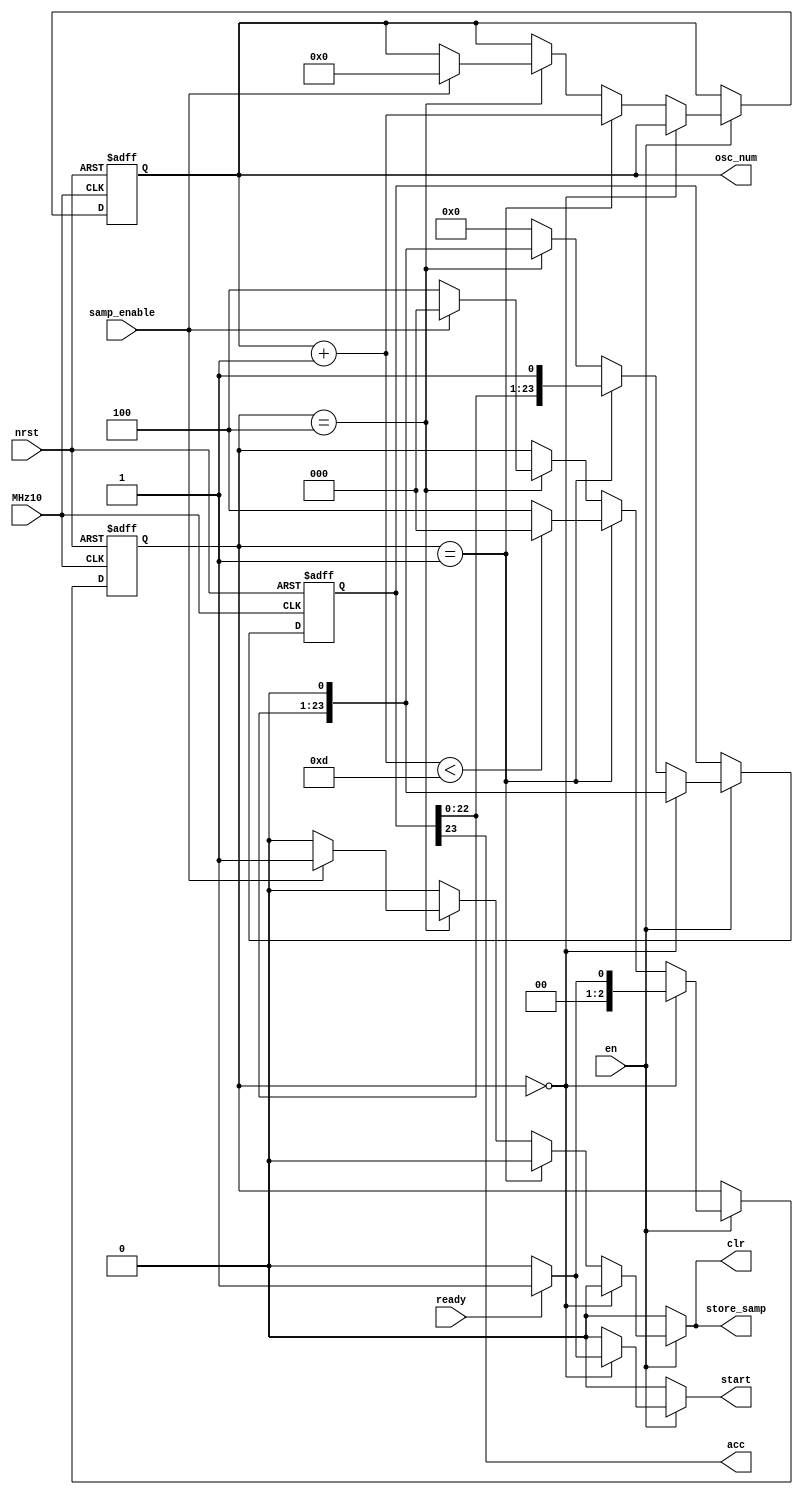
module poly_ctrl (
	MHz10,
	nrst,
	en,
	ready,
	samp_enable,
	start,
	acc,
	store_samp,
	clr,
	osc_num
);
	reg _sv2v_0;
	parameter N = 13;
	input wire MHz10;
	input wire nrst;
	input wire en;
	input wire ready;
	input wire samp_enable;
	output reg start;
	output reg acc;
	output reg store_samp;
	output reg clr;
	output reg [6:0] osc_num;
	localparam START_DIV = 0;
	localparam DONE_DIV = 1;
	localparam HOLD_SAMP = 4;
	reg [6:0] next_osc_num;
	reg [2:0] state;
	reg [2:0] next_state;
	reg [23:0] acc_delay;
	reg [23:0] next_acc;
	always @(posedge MHz10 or negedge nrst)
		if (!nrst) begin
			osc_num <= 0;
			state <= START_DIV;
			acc_delay <= 0;
		end
		else if (en) begin
			osc_num <= next_osc_num;
			state <= next_state;
			acc_delay <= next_acc;
		end
	always @(*) begin
		if (_sv2v_0)
			;
		acc = acc_delay[23];
		next_osc_num = osc_num;
		next_state = state;
		start = 1'b0;
		store_samp = 1'b0;
		clr = 1'b0;
		next_acc = 0;
		if (en) begin
			if (state == START_DIV) begin
				next_acc = {acc_delay[22:0], 1'b0};
				next_state = START_DIV;
				if (ready) begin
					next_state = DONE_DIV;
					start = 1'b1;
				end
			end
			else if (state == DONE_DIV) begin
				next_acc = {acc_delay[22:0], 1'b1};
				next_osc_num = osc_num + 1;
				if (next_osc_num < N)
					next_state = START_DIV;
				else
					next_state = HOLD_SAMP;
			end
			else if (state == HOLD_SAMP) begin
				next_acc = {acc_delay[22:0], 1'b0};
				next_state = HOLD_SAMP;
				if (samp_enable) begin
					store_samp = 1'b1;
					clr = 1'b1;
					next_osc_num = 0;
					next_state = START_DIV;
				end
			end
		end
	end
	initial _sv2v_0 = 0;
endmodule